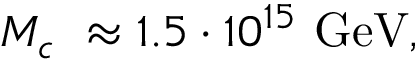
M _ { c \mathrm { ~ } } \approx 1 . 5 \cdot 1 0 ^ { 1 5 } \mathrm { ~ G e V , }